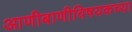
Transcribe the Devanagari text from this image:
आणीबाणीविषयकच्या